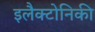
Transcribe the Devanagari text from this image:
इलैक्टोनिकी